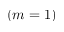
( m = 1 )